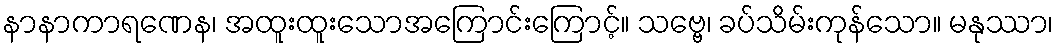
နာနာကာရဏေန၊ အထူးထူးသောအကြောင်းကြောင့်။ သဗ္ဗေ၊ ခပ်သိမ်းကုန်သော။ မနုဿာ၊